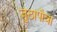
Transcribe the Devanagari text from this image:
जुठापौवा